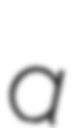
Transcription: a